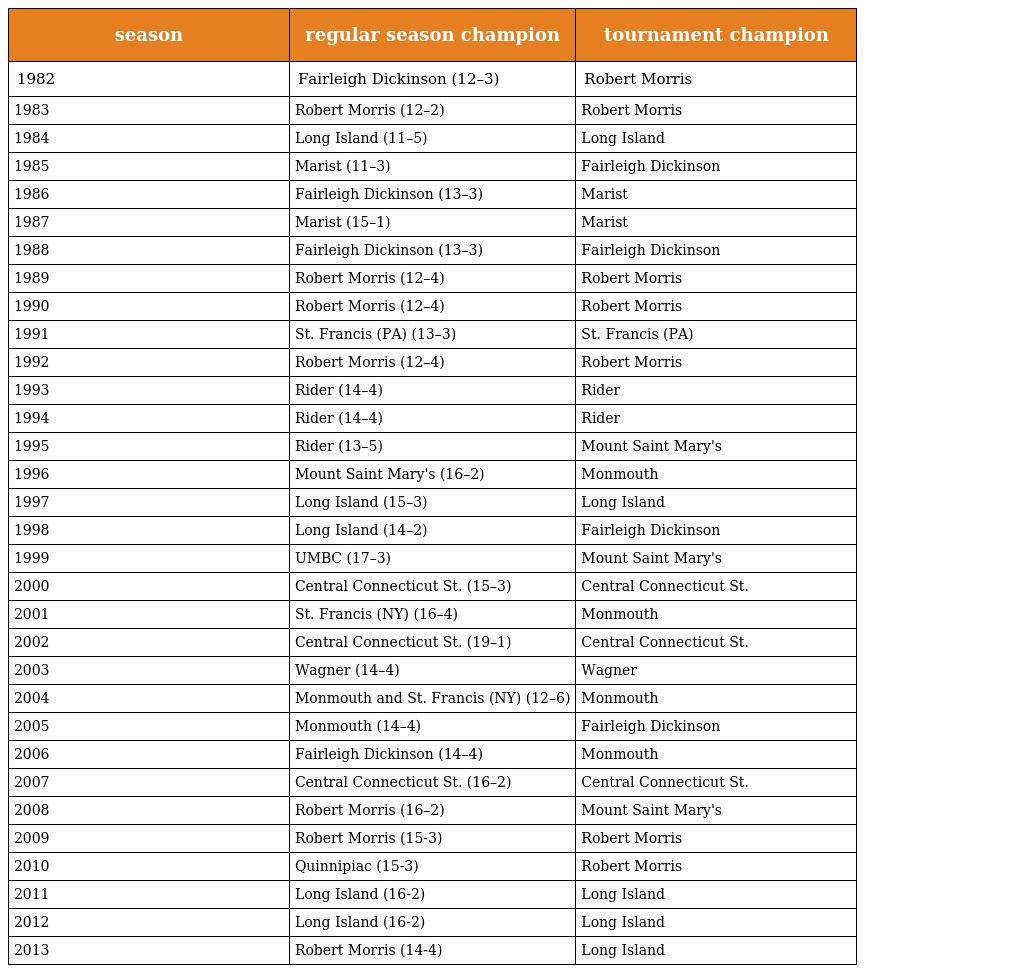
| season | regular season champion | tournament champion |
 | --- | --- | --- |
 | 1982 | Fairleigh Dickinson (12–3) | Robert Morris |
 | 1983 | Robert Morris (12–2) | Robert Morris |
 | 1984 | Long Island (11–5) | Long Island |
 | 1985 | Marist (11–3) | Fairleigh Dickinson |
 | 1986 | Fairleigh Dickinson (13–3) | Marist |
 | 1987 | Marist (15–1) | Marist |
 | 1988 | Fairleigh Dickinson (13–3) | Fairleigh Dickinson |
 | 1989 | Robert Morris (12–4) | Robert Morris |
 | 1990 | Robert Morris (12–4) | Robert Morris |
 | 1991 | St. Francis (PA) (13–3) | St. Francis (PA) |
 | 1992 | Robert Morris (12–4) | Robert Morris |
 | 1993 | Rider (14–4) | Rider |
 | 1994 | Rider (14–4) | Rider |
 | 1995 | Rider (13–5) | Mount Saint Mary's |
 | 1996 | Mount Saint Mary's (16–2) | Monmouth |
 | 1997 | Long Island (15–3) | Long Island |
 | 1998 | Long Island (14–2) | Fairleigh Dickinson |
 | 1999 | UMBC (17–3) | Mount Saint Mary's |
 | 2000 | Central Connecticut St. (15–3) | Central Connecticut St. |
 | 2001 | St. Francis (NY) (16–4) | Monmouth |
 | 2002 | Central Connecticut St. (19–1) | Central Connecticut St. |
 | 2003 | Wagner (14–4) | Wagner |
 | 2004 | Monmouth and St. Francis (NY) (12–6) | Monmouth |
 | 2005 | Monmouth (14–4) | Fairleigh Dickinson |
 | 2006 | Fairleigh Dickinson (14–4) | Monmouth |
 | 2007 | Central Connecticut St. (16–2) | Central Connecticut St. |
 | 2008 | Robert Morris (16–2) | Mount Saint Mary's |
 | 2009 | Robert Morris (15-3) | Robert Morris |
 | 2010 | Quinnipiac (15-3) | Robert Morris |
 | 2011 | Long Island (16-2) | Long Island |
 | 2012 | Long Island (16-2) | Long Island |
 | 2013 | Robert Morris (14-4) | Long Island |